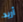
أريد